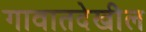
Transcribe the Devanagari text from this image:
गावातदेखील